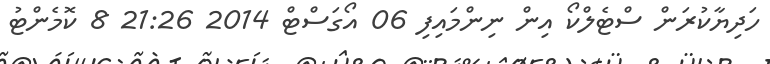
ހަދިޔާކުރަން ސްޓެލްކޯ އިން ނިންމައިފި 06 އޯގަސްޓް 2014 21:26 8 ކޮމެންޓު